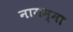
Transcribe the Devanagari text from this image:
नागम्मा